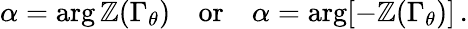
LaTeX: \alpha=\arg\mathbb{Z}(\Gamma_{\theta})\quad\mathrm{{or}}\quad\alpha=\arg[-\mathbb{Z}(\Gamma_{\theta})]\, .